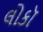
લોકૉ